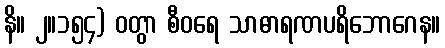
နိ။ ၂။၁၅၄) ဝတွာ စီဝရေ သာဓာရဏပရိဘောဂေန။